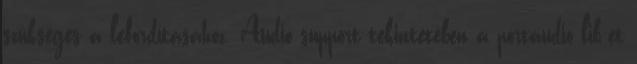
szükséges a lefordításához. Audio support tekintetében a portaudio lib-et